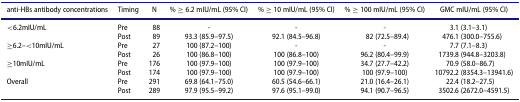
<table><thead><tr><td><b>anti-HBs antibody concentrations</b></td><td><b>Timing</b></td><td><b>N</b></td><td><b>% ≥ 6.2 mIU/mL (95% CI)</b></td><td><b>% ≥ 10 mIU/mL (95% CI)</b></td><td><b>% ≥ 100 mIU/mL (95% CI)</b></td><td><b>GMC mIU/mL (95% CI)</b></td></tr></thead><tbody><tr><td>&lt;6.2mIU/mL</td><td>Pre</td><td>88</td><td>-</td><td>-</td><td>-</td><td>3.1 (3.1–3.1)</td></tr><tr><td> </td><td>Post</td><td>89</td><td>93.3 (85.9–97.5)</td><td>92.1 (84.5–96.8)</td><td>82 (72.5–89.4)</td><td>476.1 (300.0–755.6)</td></tr><tr><td>≥6.2–&lt;10mIU/mL</td><td>Pre</td><td>27</td><td>100 (87.2–100)</td><td>-</td><td>-</td><td>7.7 (7.1–8.3)</td></tr><tr><td> </td><td>Post</td><td>26</td><td>100 (86.8–100)</td><td>100 (86.8–100)</td><td>96.2 (80.4–99.9)</td><td>1739.8 (944.8–3203.8)</td></tr><tr><td>≥10mIU/mL</td><td>Pre</td><td>176</td><td>100 (97.9–100)</td><td>100 (97.9–100)</td><td>34.7 (27.7–42.2)</td><td>70.9 (58.0–86.7)</td></tr><tr><td> </td><td>Post</td><td>174</td><td>100 (97.9–100)</td><td>100 (97.9–100)</td><td>100 (97.9–100)</td><td>10792.2 (8354.3–13941.6)</td></tr><tr><td>Overall</td><td>Pre</td><td>291</td><td>69.8 (64.1–75.0)</td><td>60.5 (54.6–66.1)</td><td>21.0 (16.4–26.1)</td><td>22.4 (18.2–27.5)</td></tr><tr><td> </td><td>Post</td><td>289</td><td>97.9 (95.5–99.2)</td><td>97.6 (95.1–99.0)</td><td>94.1 (90.7–96.5)</td><td>3502.6 (2672.0–4591.5)</td></tr></tbody></table>